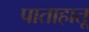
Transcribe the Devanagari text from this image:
पाताहातू